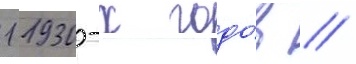
1 1930-х годо́в //